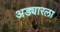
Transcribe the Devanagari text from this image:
अड्यारला